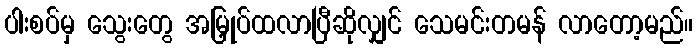
ပါးစပ်မှ သွေးတွေ အမြှုပ်ထလာပြီဆိုလျှင် သေမင်းတမန် လာတော့မည်။